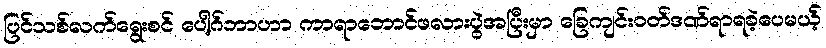
ပြင်သစ်လက်ရွေးစင် ပေါ့ဂ်ဘာဟာ ကာရာဘောင်ဖလားပွဲအပြီးမှာ ခြေကျင်းဝတ်ဒဏ်ရာရခဲ့ပေမယ့်